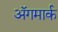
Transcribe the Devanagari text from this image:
अॅगमार्क